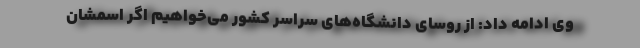
وی ادامه داد: از روسای دانشگاه‌های سراسر کشور می‌خواهیم اگر اسمشان